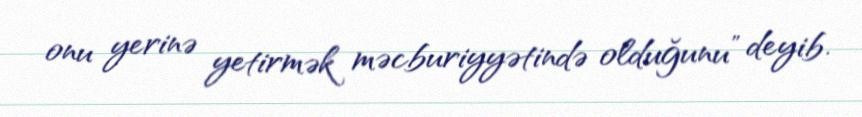
onu yerinə yetirmək məcburiyyətində olduğunu” deyib.